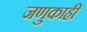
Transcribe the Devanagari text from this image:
जणुकाही